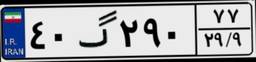
۴۰گ۲۹۰۷۷